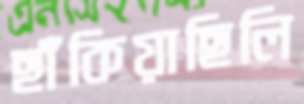
ছাঁকিয়াছিলি